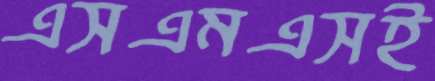
এসএমএসই